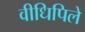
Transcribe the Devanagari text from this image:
वीधिपिले